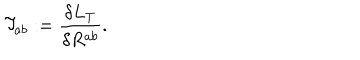
{ \cal T } _ { a b } : = \frac { \delta { L } _ { T } } { \delta R ^ { a b } } .